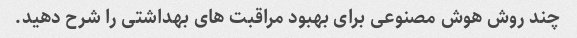
چند روش هوش مصنوعی برای بهبود مراقبت های بهداشتی را شرح دهید.